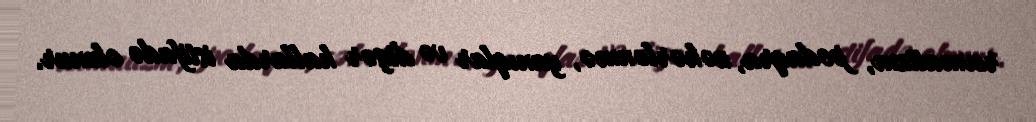
revmatizm, podaqra, zəhərlənmə, yanıqlar və digər hallarda istifadə olunur.